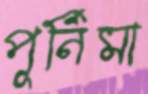
পূর্নিমা